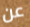
عن